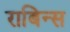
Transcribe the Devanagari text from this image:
राबिन्स